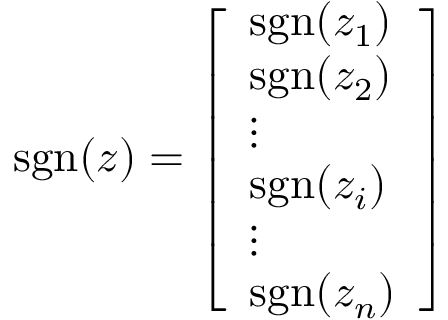
\operatorname { s g n } ( z ) = { \left[ \begin{array} { l } { \operatorname { s g n } ( z _ { 1 } ) } \\ { \operatorname { s g n } ( z _ { 2 } ) } \\ { \vdots } \\ { \operatorname { s g n } ( z _ { i } ) } \\ { \vdots } \\ { \operatorname { s g n } ( z _ { n } ) } \end{array} \right] }